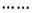
……